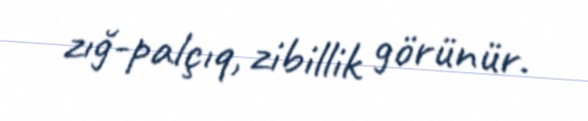
zığ-palçıq, zibillik görünür.